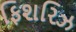
ફિશરિઝ